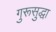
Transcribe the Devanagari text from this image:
गुरूसुद्धा